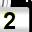
Digit: 2